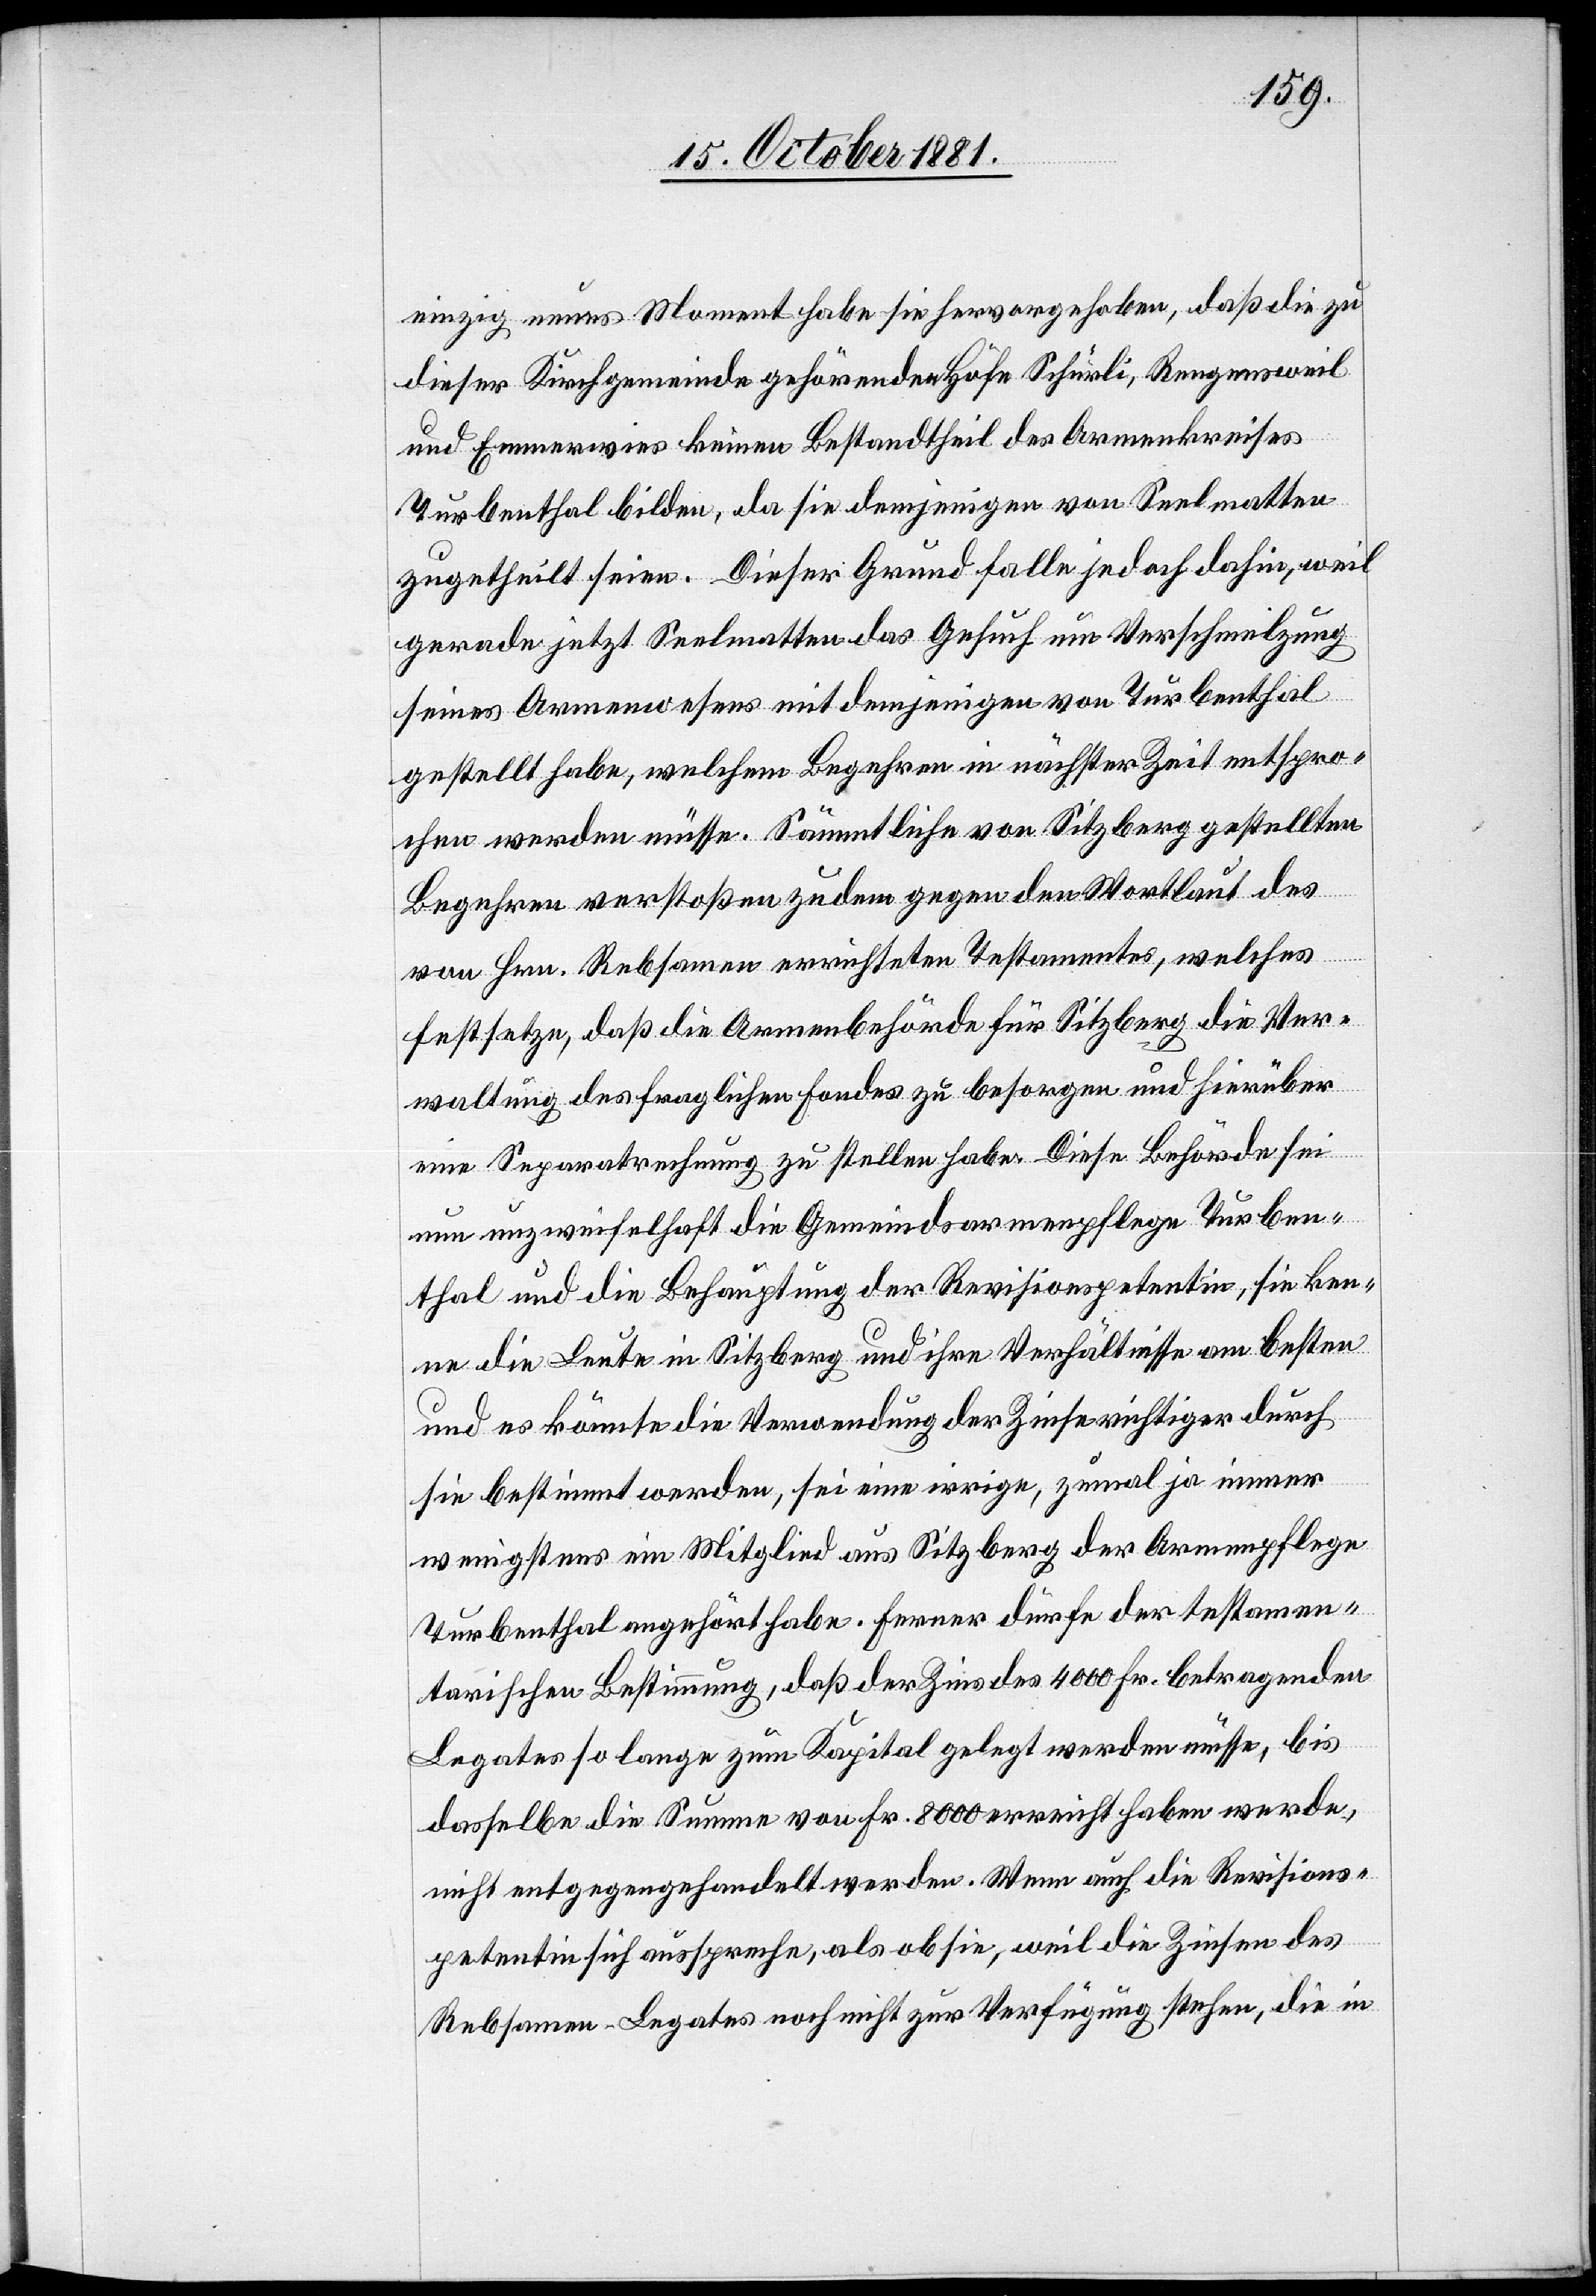
einzig neues Moment habe sie hervorgehoben, daß die zu
dieser Kirchgemeinde gehörenden Höfe Schürli, Rengensweil
und Emmerwies keinen Bestandtheil des Armenkreises
Turbenthal bilden, da sie demjenigen von Seelmatten
zugetheilt seien. Dieser Grund falle jedoch dahin, weil
gerade jetzt Seelmatten das Gesuch um Verschmelzung
seines Armenwesens mit demjenigen von Turbenthal
gestellt habe, welchem Begehren in nächster Zeit entspro¬
chen werden müsse. Sämmtliche von Sitzberg gestellten
Begehren verstoßen zudem gegen den Wortlaut des
von Hrn. Rebsamen errichteten Testamentes, welches
festsetze, daß die Armenbehörde für Sitzberg die Ver¬
waltung des fraglichen Fondes zu besorgen und hierüber
eine Separatrechnung zu stellen habe. Diese Behörde sei
nun unzweifelhaft die Gemeindsarmenpflege Turben¬
thal und die Behauptung der Revisionspetentin, sie ken¬
ne die Leute in Sitzberg und ihre Verhältnisse am besten
und es könnte die Verwendung der Zinse richtiger durch
sie bestimmt werden, sei eine irrige, zumal ja immer
wenigstens ein Mitglied aus Sitzberg der Armenpflege
Turbenthal angehört habe. Ferner dürfe der testamen¬
tarischen Bestimmung, daß der Zins des 4000 Fr. betragenden
Legates so lange zum Kapital gelegt werden müsse, bis
dasselbe die Summe von Fr. 8000 erreicht haben werde,
nicht entgegengehandelt werden. Wenn auch die Revisions¬
petentin sich ausspreche, als ob sie, weil die Zinsen des
Rebsamen-Legates noch nicht zur Verfügung stehen, die in